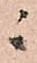
ニ